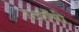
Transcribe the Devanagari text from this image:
उठाएँगी